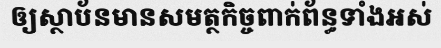
ឲ្យស្ថាប័នមានសមត្ថកិច្ចពាក់ព័ន្ធទាំងអស់